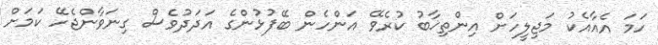
ހަމަ އެއާއެކު މަޖިލީހަށް އިންތިޚާބު ކުރެވޭ އަންހެން ބޭފުޅުންގެ އަދަދުވެސް ގިނަވާންޖެހޭ ކަމަށް